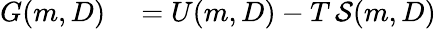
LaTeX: \begin{array}{rl}{G(m,D)}&{{}=U(m,D)-T\, {\mathcal{S}}(m,D)}\end{array}